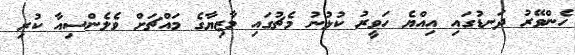
ހެންވޭރު ދަނޑުގައި އިއްޔެ ހަވީރު ކުޅުނު މެޗުގައި މާޒިޔާގެ މައްޗަށް ވެެލެންސިއާ ކުރި